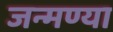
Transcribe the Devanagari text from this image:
जन्मण्या